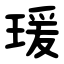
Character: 瑗